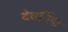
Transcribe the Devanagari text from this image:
देवनिंदा